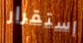
استقرار